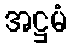
အဋ္ဌမံ